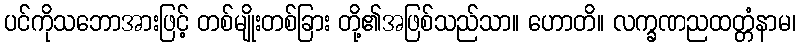
ပင်ကိုသဘောအားဖြင့် တစ်မျိုးတစ်ခြား တို့၏အဖြစ်သည်သာ။ ဟောတိ။ လက္ခဏညထတ္တံနာမ၊